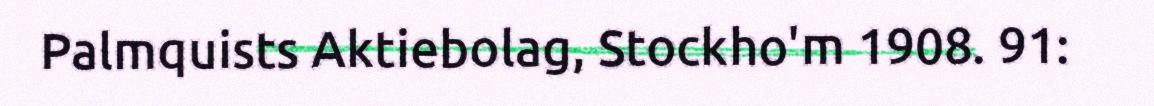
Palmquists Aktiebolag, Stockho'm 1908. 91: